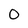
Character: 0